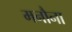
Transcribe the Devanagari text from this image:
मनौना